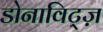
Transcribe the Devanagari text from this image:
डोनाविट्ज़